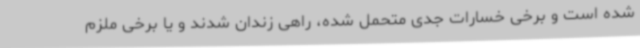
شده است و برخی خسارات جدی متحمل شده، راهی زندان شدند و یا برخی ملزم